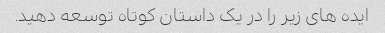
ایده های زیر را در یک داستان کوتاه توسعه دهید.